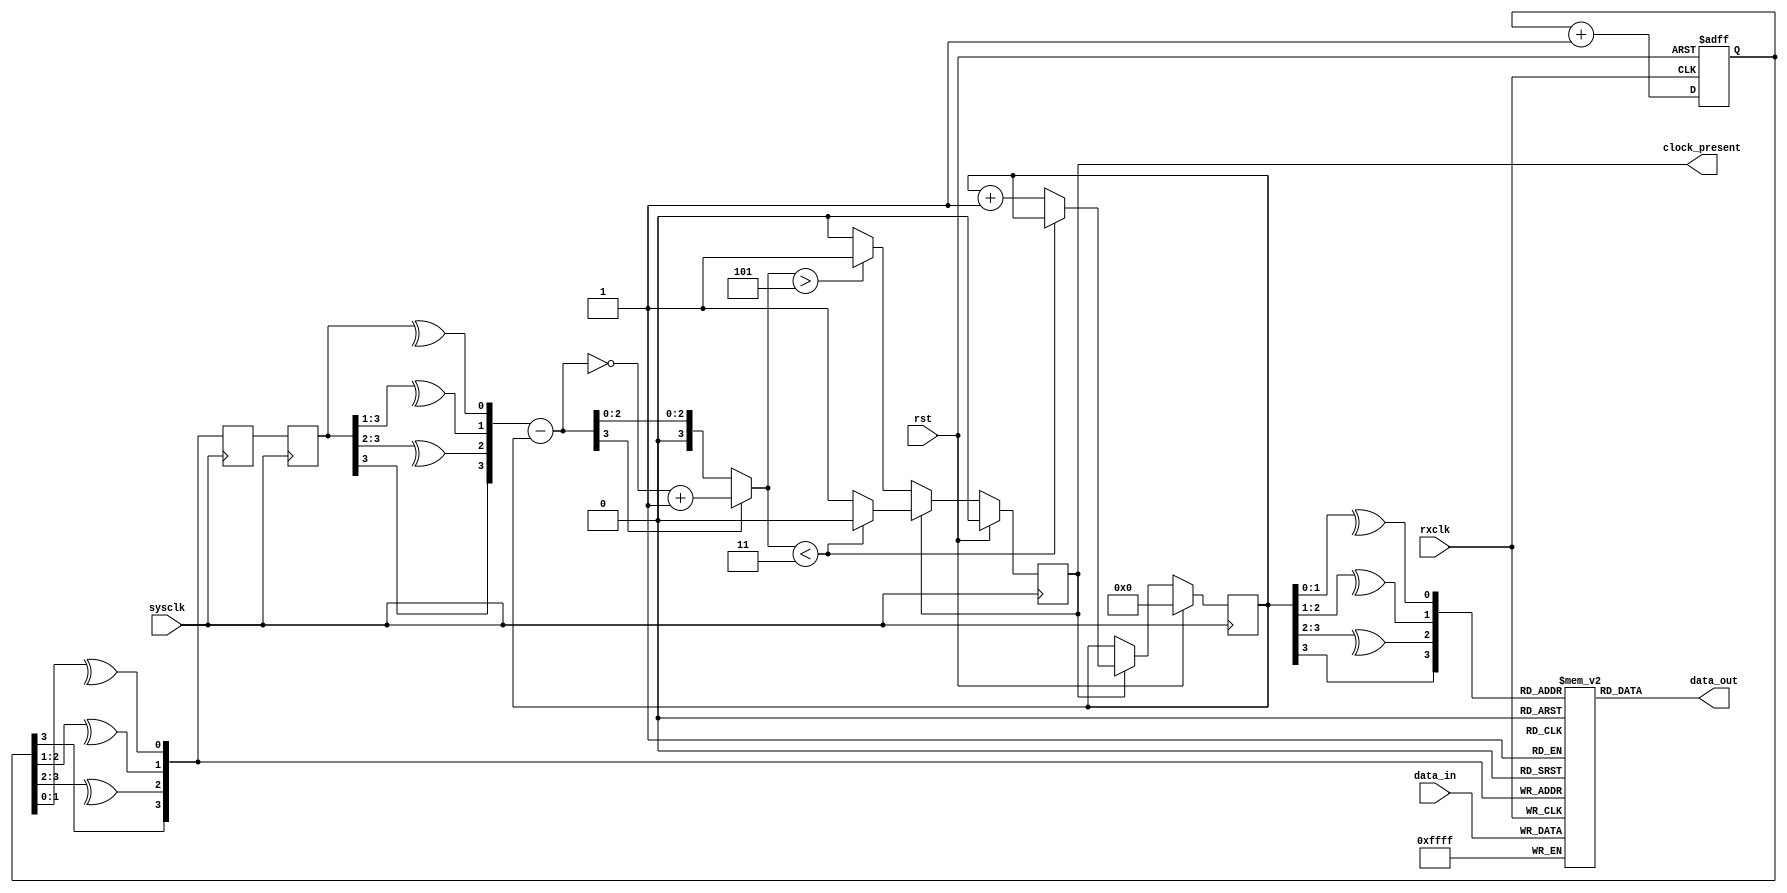
module ss_rcvr
  #(parameter WIDTH=16)
    (input rxclk,
     input sysclk,
     input rst,
     
     input [WIDTH-1:0] data_in,
     output [WIDTH-1:0] data_out,
     output reg clock_present);
   
   wire [3:0] rd_addr, wr_addr;

   // Distributed RAM
   reg [WIDTH-1:0] buffer [0:15];
   always @(posedge rxclk)
     buffer[wr_addr] <= data_in;
   
   assign 	   data_out = buffer[rd_addr];
   
   // Write address generation
   reg [3:0] 	   wr_counter;
   always @(posedge rxclk or posedge rst)
     if (rst)
       wr_counter <= 0;
     else
       wr_counter <= wr_counter + 1;
   
   assign 	   wr_addr = {wr_counter[3], ^wr_counter[3:2], ^wr_counter[2:1], ^wr_counter[1:0]};
   
   // Read Address generation
   wire [3:0] 	   wr_ctr_sys, diff, abs_diff;
   reg [3:0] 	   wr_addr_sys_d1, wr_addr_sys_d2;
   reg [3:0] 	   rd_counter;
   
   assign 	   rd_addr = {rd_counter[3], ^rd_counter[3:2], ^rd_counter[2:1], ^rd_counter[1:0]};
   
   always @(posedge sysclk)
     wr_addr_sys_d1 <= wr_addr;
   
   always @(posedge sysclk)
     wr_addr_sys_d2 <= wr_addr_sys_d1;
   
   assign 	   wr_ctr_sys = {wr_addr_sys_d2[3],^wr_addr_sys_d2[3:2],^wr_addr_sys_d2[3:1],^wr_addr_sys_d2[3:0]};
   
   assign 	   diff = wr_ctr_sys - rd_counter;
   assign 	   abs_diff = diff[3] ? (~diff+1) : diff;
   
   always @(posedge sysclk)
     if(rst)
       begin
	  clock_present <= 0;
	  rd_counter <= 0;
       end
     else 
       if(~clock_present)
	 if(abs_diff > 5)
	   clock_present <= 1;
	 else
	   ;
       else
	 if(abs_diff<3)
	   clock_present <= 0;
	 else
	   rd_counter <= rd_counter + 1;

endmodule